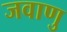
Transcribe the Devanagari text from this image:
जवाणु